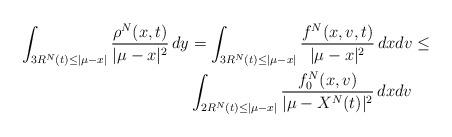
LaTeX: \begin{align*}\int_{3R^N(t)\leq |\mu-x|} \frac{\rho^N(x,t)}{|\mu-x|^2}\,dy&=\int_{3R^N(t)\leq |\mu-x|} \frac{f^N(x,v,t)}{|\mu-x|^2}\,dxdv\leq \\& \int_{2R^N(t)\leq |\mu-x|} \frac{f_0^N({x},{v})}{|\mu-X^N(t)|^2}\,dxdv \end{align*}